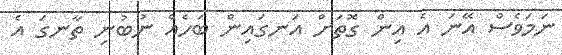
ނަމަވެސް އޭނަ އެ އިން ގޮތަށް އަނގައިން ބަހެއް ނުބުނި ތާނގަ އެ